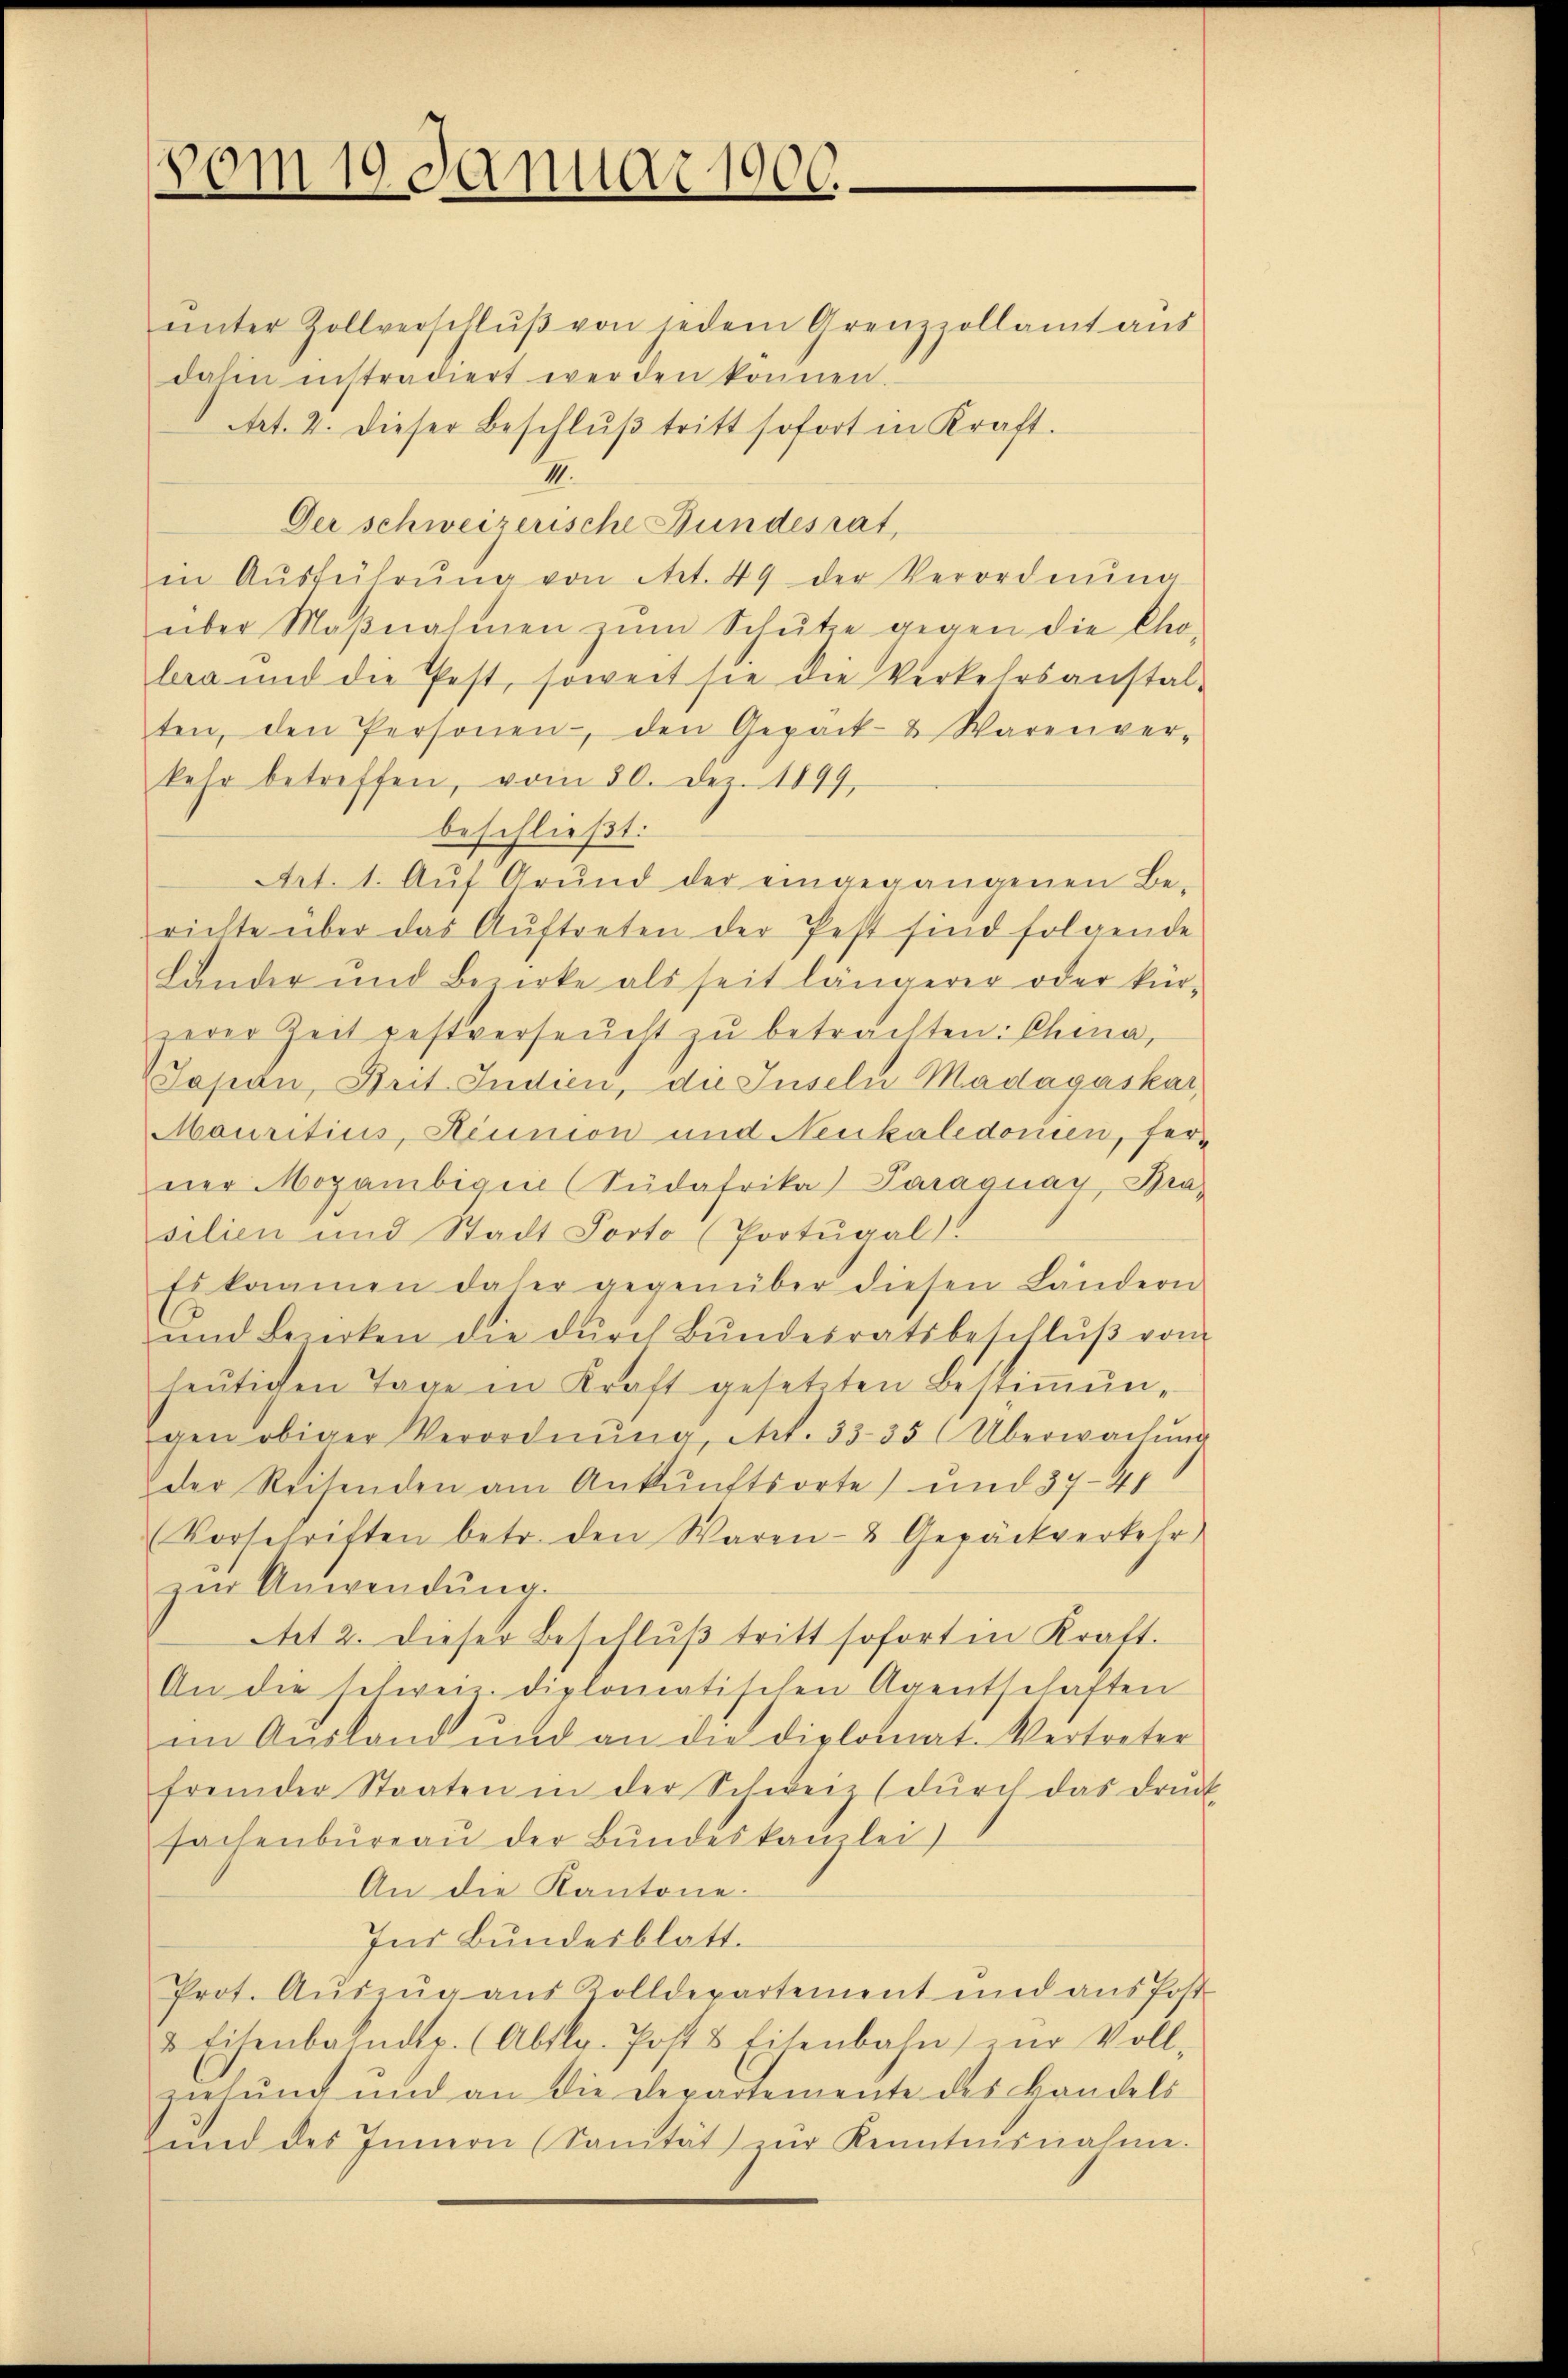
80m 19. Januar 1900.

ŭnter Zollverschlŭβ von jedem Grenzzollamt aus
dahin instradiert werden können.
Art. 2. dieser Beschlŭβ tritt sofort in Kraft.
III.
Der schweizerische Bundesrat,
in Aŭsführŭng von Art. 49 der Verordnŭng
über Maβnahmen zŭm Schütze gegen die Cho-
bra und die Pest, soweit sie die Verkehrsanstalten, den Personen den Gepäck & Warenver-
kehr betreffen, vom 30. Dez. 1899,
beschließt:
Art. 1. Aŭf Grŭnd der eingegangenen Be-
richte über das Aŭftreten der Pest sind folgende
Lander und Bezirke als seit längerer oder kür-
zerer Zeit restverseucht zu betrachten: China,
Japan, Brit. Indien, die Juseln Madagáskar,
Mauritius, Heunion und Neukaledonien, ferner Mozambigen (Südafrika) Paraguay, Bra
silien und Stadt Porto (Portugal.
Eikaamen daher gegenüber diesen Ländern
und Bewerken die dŭrch Bŭndesratsbeschlŭβ vom
heŭtigen Tage in Kraft gesetzten Bestiṁŭn-
gen obiger Verordnŭng, Art. 3335 Überwachŭng
der Reisenden am Ankunftsorte) und 37-41
(Vorschriften betr. den Waren- & Gepäckverkehr
zur Anwendung.
Aet 2. dieser Beschlŭβ tritt soforten Kraft.
An die selweis diplomatischen Agentschaften
im Ausland und an die diplomat-Vertreter
fremder Staaten in der Schweiz (dŭrch das druck
sachenbüreaŭ der Bŭndeskanzlei
An die Kantone.
Ins Bundesblatt.
Prot. Aŭszŭg aus Zolldepartement und aŭs Post
& Eisenbahndtr. (Abskr. Post & Eisenbahn zur Voll-
zielung und an die Departemente des Bandels
ŭnd des Innern (Sanität zur Kenntnisnahme.